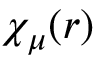
\chi _ { \mu } ( r )